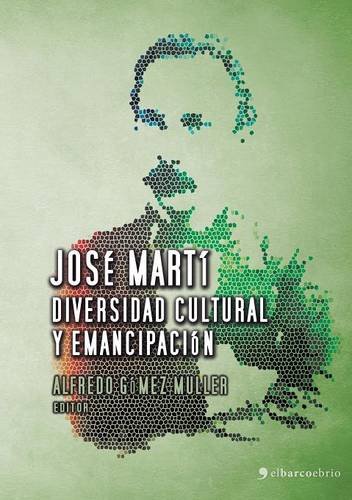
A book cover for JosÃ© MartÃ­, diversidad cultural y emancipaciÃ³n (Spanish Edition); History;